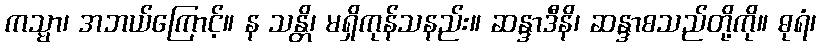
ကသ္မာ၊ အဘယ်ကြောင့်။ န သန္တိ၊ မရှိကုန်သနည်း။ ဆန္ဒာဒီနိ၊ ဆန္ဒာစသည်တို့ကို။ ဓုရံ၊